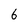
Character: 6